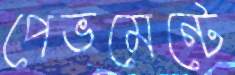
পেভমেন্টে